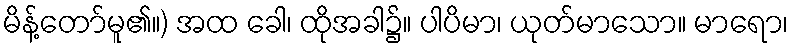
မိန့်တော်မူ၏။) အထ ခေါ၊ ထိုအခါ၌။ ပါပိမာ၊ ယုတ်မာသော။ မာရော၊